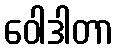
ဝေါဒါတာ